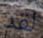
لقد